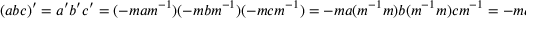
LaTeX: ( a b c ) ^ { \prime } = a ^ { \prime } b ^ { \prime } c ^ { \prime } = ( - m a m ^ { - 1 } ) ( - m b m ^ { - 1 } ) ( - m c m ^ { - 1 } ) = - m a ( m ^ { - 1 } m ) b ( m ^ { - 1 } m ) c m ^ { - 1 } = - m a b c m ^ { - 1 }